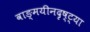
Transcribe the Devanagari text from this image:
वाङ्‌मयीनदृष्ट्या